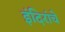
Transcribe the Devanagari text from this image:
इंदिरांचे